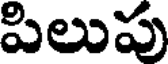
పిలుపు